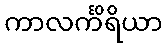
ကာလင်္ကိရိယာ